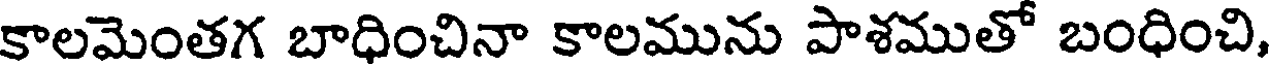
కాలమెంతగ బాధించినా కాలమును పాశముతో బంధించి,